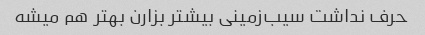
حرف نداشت سیب‌زمینی بیشتر بزارن بهتر هم میشه